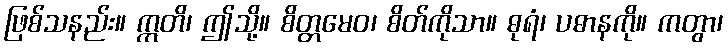
ဖြစ်သနည်း။ ဣတိ၊ ဤသို့။ စိတ္တမေဝ၊ စိတ်ကိုသာ။ ဓုရံ၊ ပဓာနကို။ ကတွာ၊